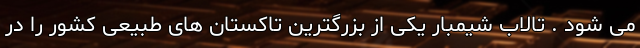
می شود . تالاب شیمبار یکی از بزرگترین تاکستان های طبیعی کشور را در